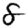
Digit: 8